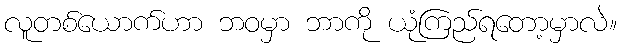
လူတစ်ယောက်ဟာ ဘဝမှာ ဘာကို ယုံကြည်ရတော့မှာလဲ။